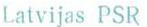
Latvijas PSR